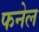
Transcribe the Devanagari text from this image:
फनेल